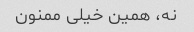
نه، همین خیلی ممنون